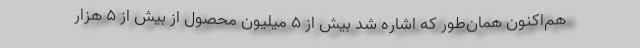
هم‌اکنون همان‌طور که اشاره شد بیش از ۵ میلیون محصول از بیش از ۵ هزار